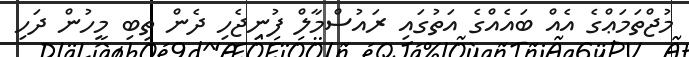
މުޖްތަމަޢްގެ އެއް ބައެއްގެ އަތުގައި ރައުސްމާލް ފުނިޖެހި ދެން ތިބި މީހުން ދަހި